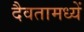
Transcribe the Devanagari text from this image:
दैवतामध्यें